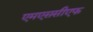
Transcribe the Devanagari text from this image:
एमएससीएफ